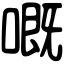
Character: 嘅